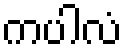
ကပါလံ